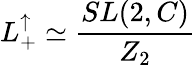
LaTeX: L_{+}^{\uparrow}\simeq\frac{SL(2,C)}{Z_{2}}